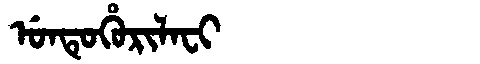
Manchu: ᡠᠨᡨᡠᡥᡠᡵᡳᠯᠠᠸᡳ
Romanization: UNTUHURILAFI